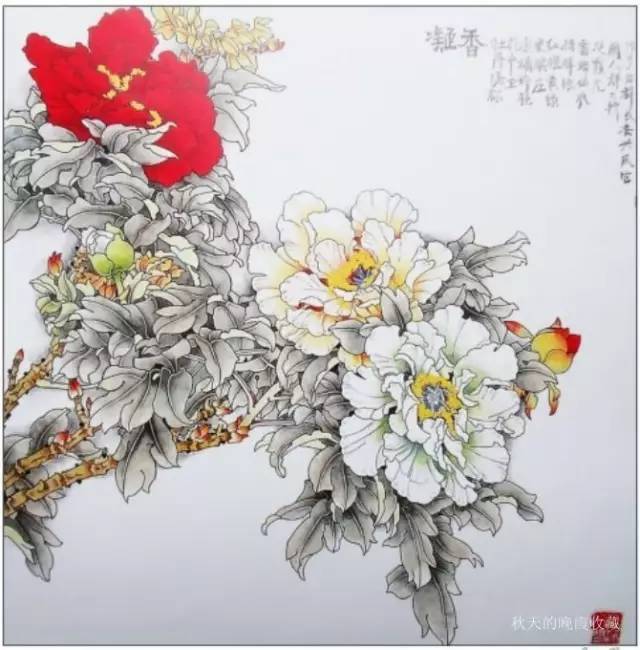
不知来岁牡丹时，再相逢何处。